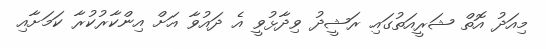
މިއަދު އޮތް ޝަރީއަތުގައި ރަޝީދު ވިދާޅުވީ އެ ދައުވާ އަށް އިންކާރުކުރާ ކަމަށާއި